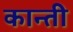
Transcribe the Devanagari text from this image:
कान्ती